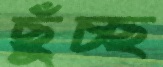
ছুঁচ্ছ